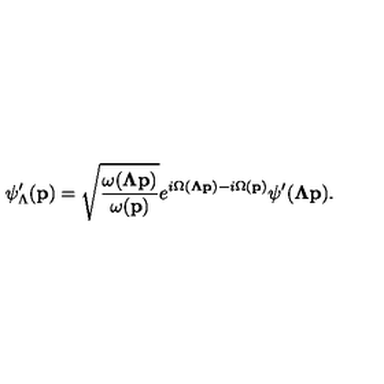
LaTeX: \psi _ { \Lambda } ^ { \prime } ( { \bf p } ) = \sqrt { \frac { \omega ( { { \bf \Lambda p } } ) } { \omega ( { \bf p } ) } } e ^ { i \Omega ( { \bf \Lambda p } ) - i \Omega ( { \bf p } ) } \psi ^ { \prime } ( { \bf \Lambda p } ) .